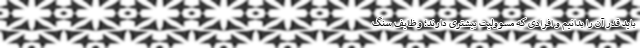
باید قدر آن را بدانیم و افرادی که مسوولیت بیشتری دارند؛ وظایف سنگ